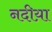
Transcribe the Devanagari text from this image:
नदीय़ा